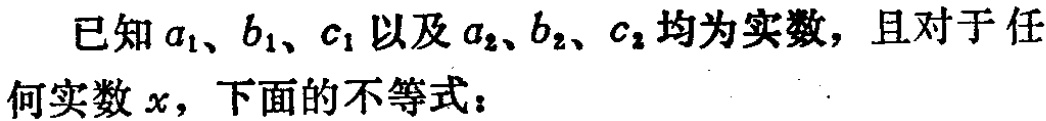
已知\(a_{1}、b_{1}、c_{1}\)以及\(a_{2}、b_{2}、c_{2}\)均为实数，且对于任何实数\(x\)，下面的不等式：